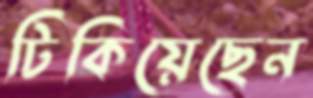
টিকিয়েছেন